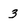
Character: 3